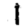
Digit: 1